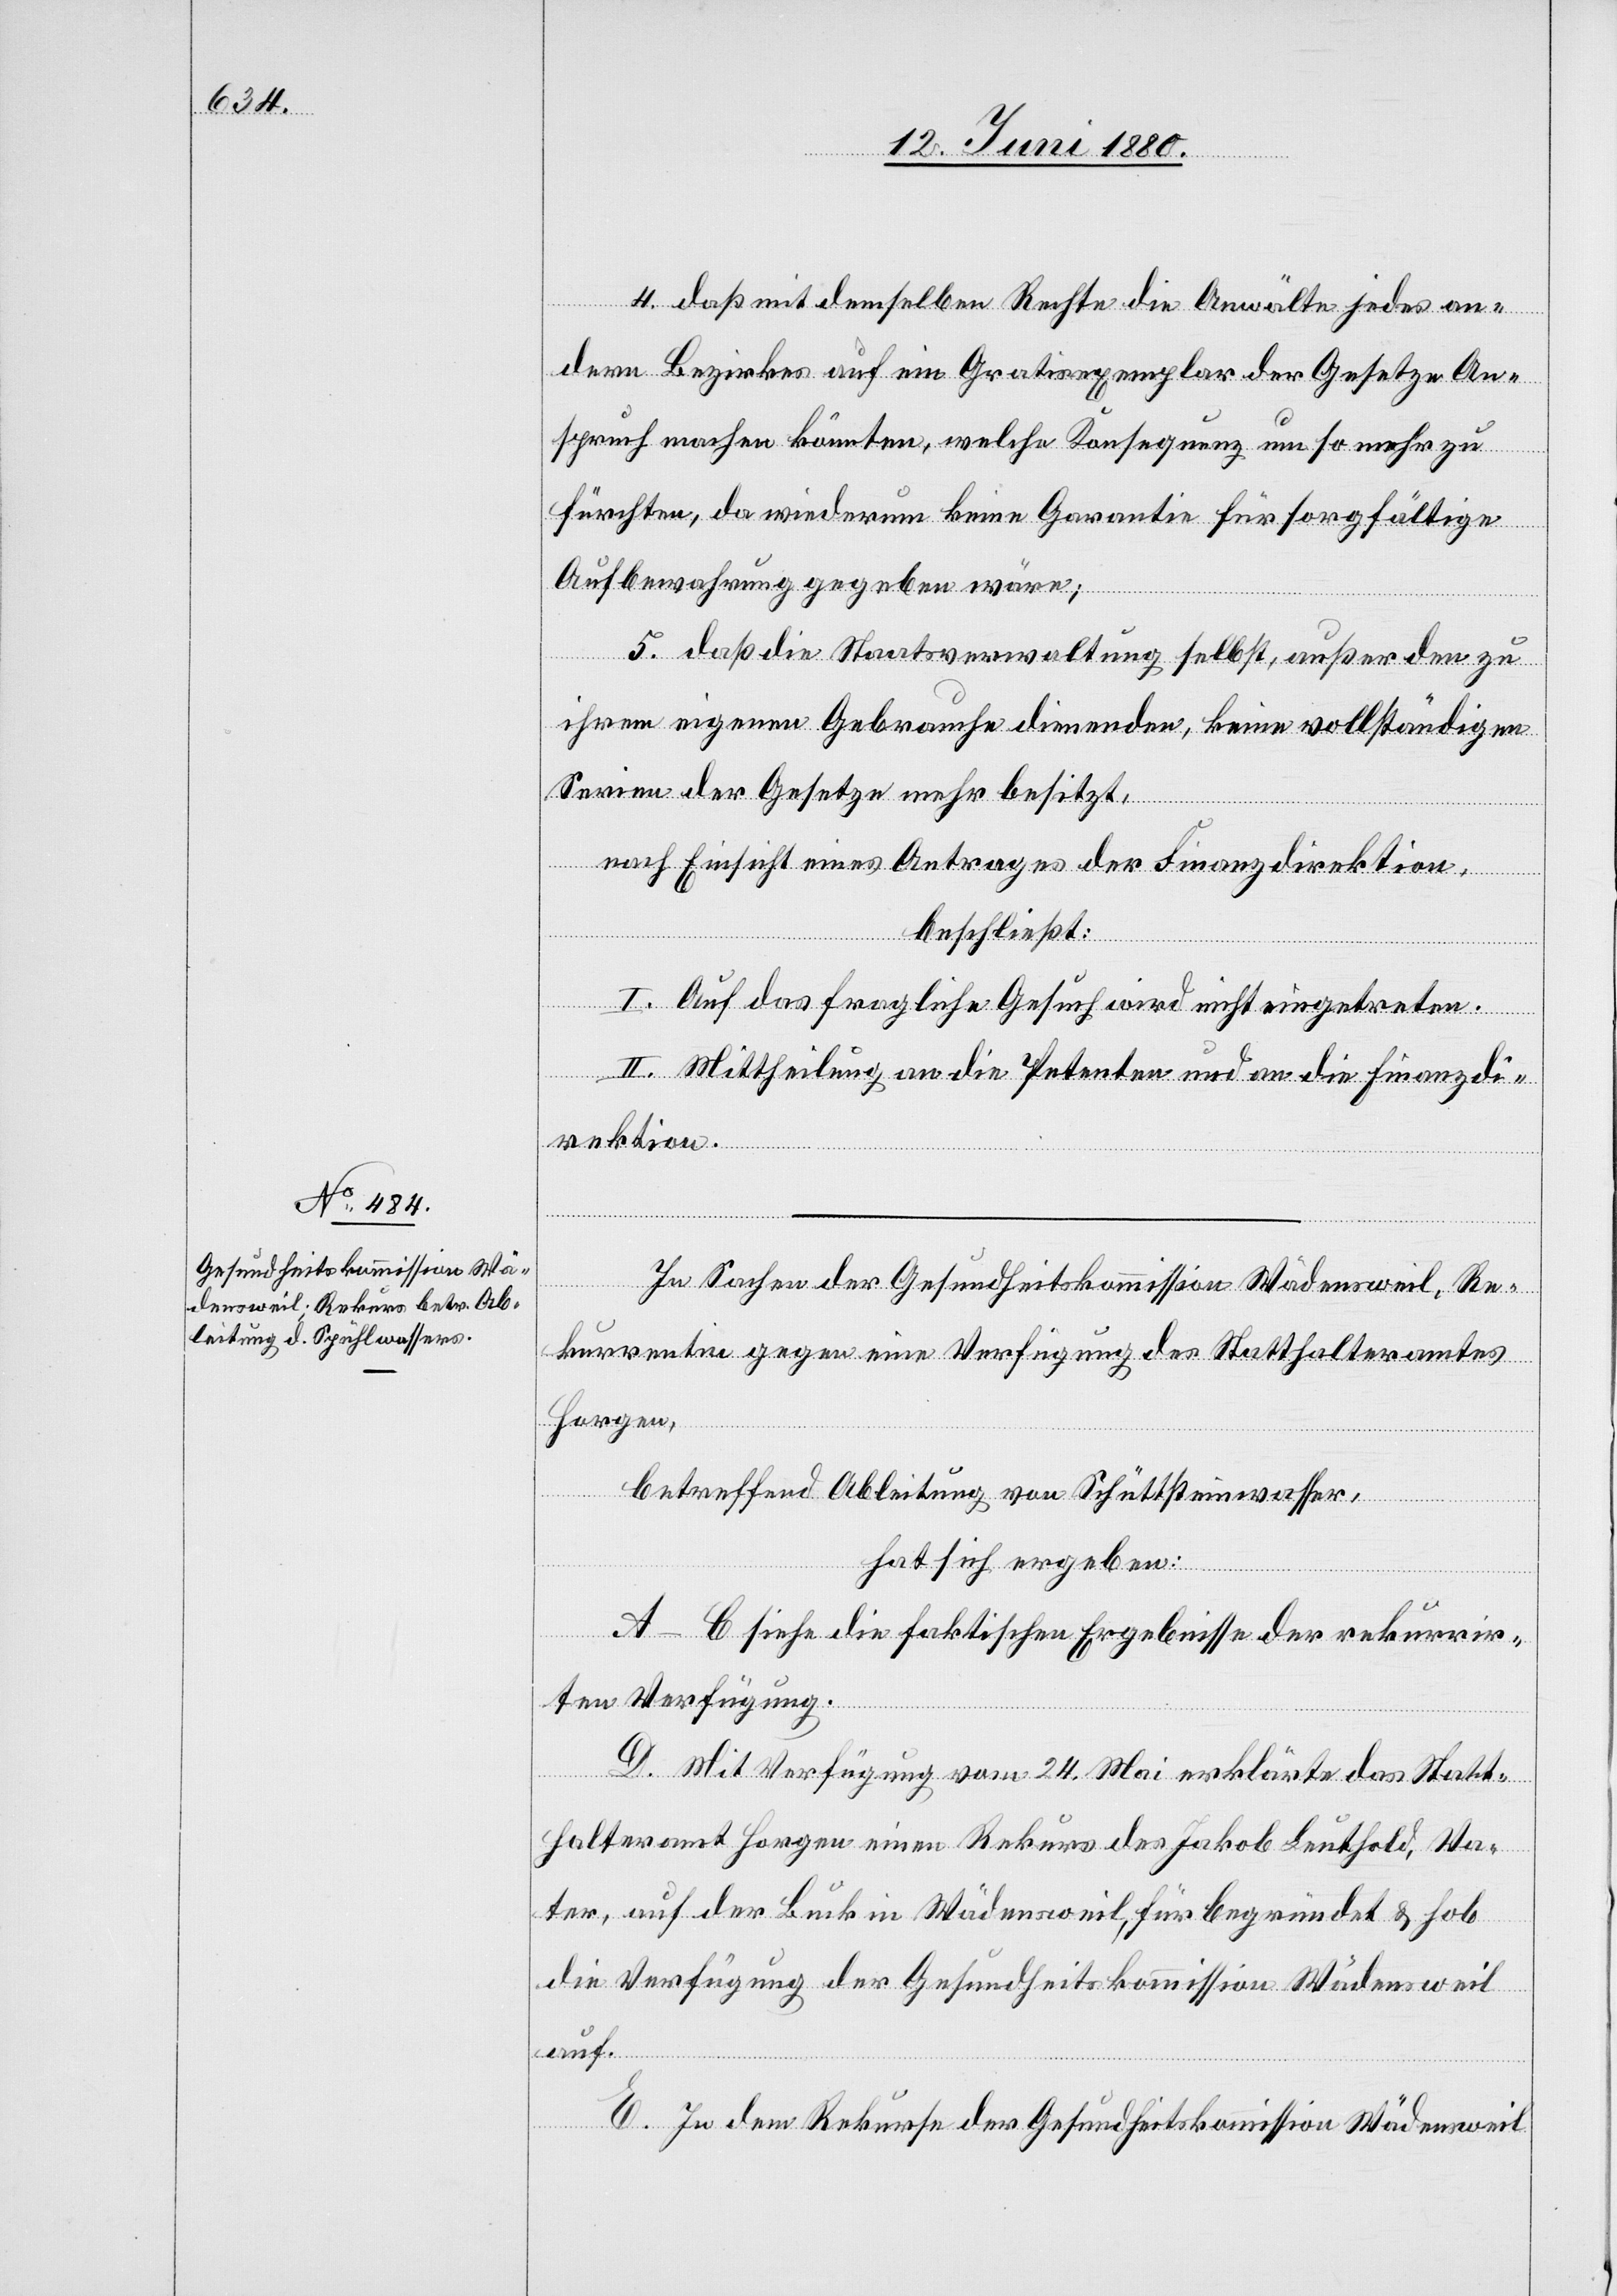
4. daß mit demselben Rechte die Anwälte jedes an¬
dern Bezirkes auf ein Gratisexemplar der Gesetze An¬
spruch machen könnten, welche Konsequenz um so mehr zu
fürchten, da wiederum keine Garantie für sorgfältige
Aufbewahrung gegeben wäre;
5. daß die Staatsverwaltung selbst, außer den zu
ihrem eigenen Gebrauche dienenden, keine vollständige
Serien der Gesetze mehr besitzt,
nach Einsicht eines Antrages der Finanzdirektion,
beschließt:
I. Auf das fragliche Gesuch wird nicht eingetreten.
II. Mittheilung an die Petenten und an die Finanzdi¬
rektion.
In Sachen der Gesundheitskommission Wädensweil, Re¬
kurrentin gegen eine Verfügung des Statthalteramtes
Horgen,
betreffend Ableitung von Schüttsteinwasser,
hat sich ergeben:
A–C siehe die faktischen Ergebnisse der rekurrir¬
ten Verfügung.
D. Mit Verfügung vom 24. Mai erklärte das Statt¬
halteramt Horgen einen Rekurs des Jakob Leuthold, Va¬
ter, auf der Buck in Wädensweil, für begründet & hob
die Verfügung der Gesundheitskommission Wädensweil
auf.
E. In dem Rekurse der Gesundheitskommission Wädensweil